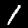
Label: 1